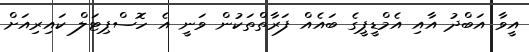
އީވާ އަބްދު އާއި އެމްޑީޕީގެ ބައެއް ފަރާތްތަކުން ވަނީ އެ ހޮސްޕިޓަލް ކައިރިއަށް